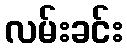
လမ်းခင်း